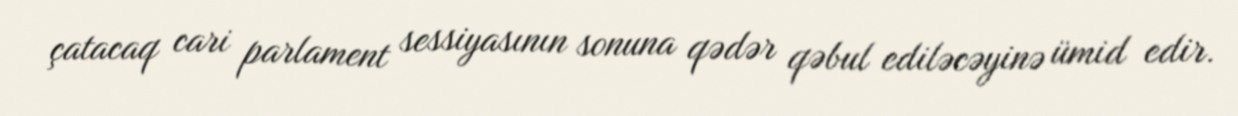
çatacaq cari parlament sessiyasının sonuna qədər qəbul ediləcəyinə ümid edir.